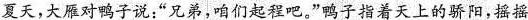
夏天，大雁对鸭子说：”兄弟，咱们起程吧。”鸭子指着天上的骄阳，摇摇